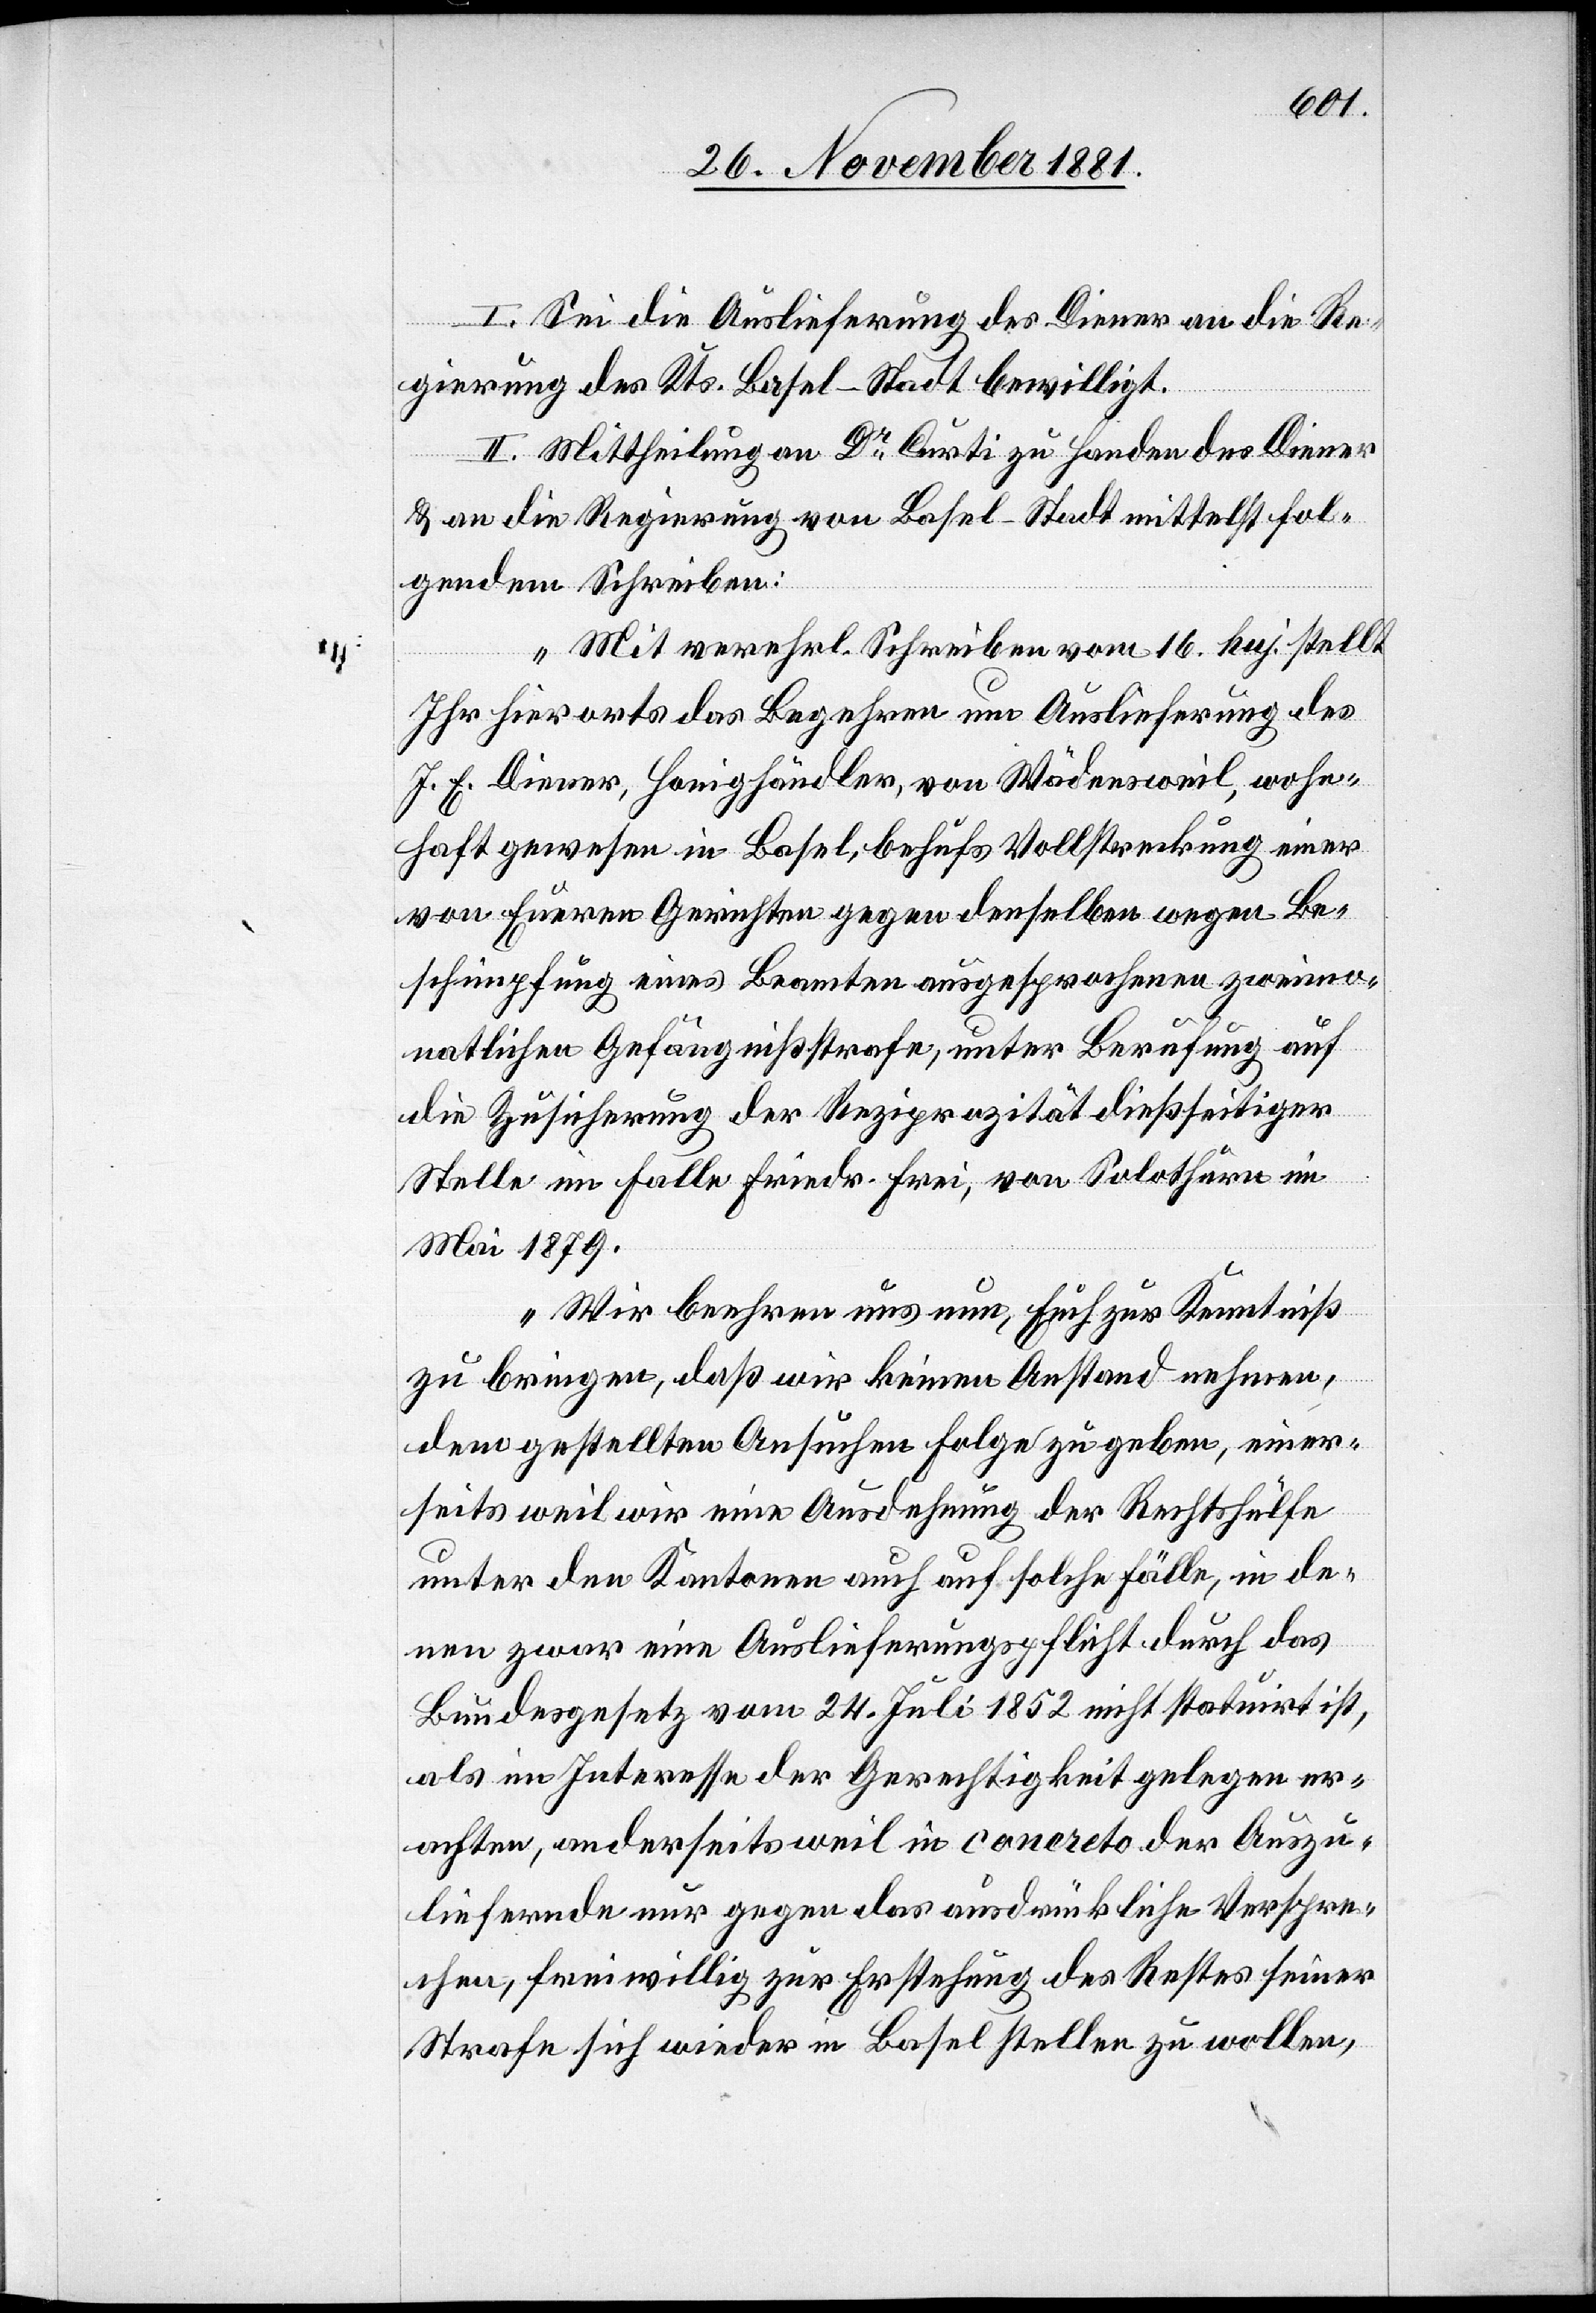
I. Sei die Auslieferung des Diener an die Re¬
gierung des Kts. Basel-Stadt bewilligt.
II. Mittheilung an Dr Curti zu Handen des Diener
& an die Regierung von Basel-Stadt mittelst fol¬
gendem Schreiben:
„Mit verehrl. Schreiben vom 16. huj. stellt
Ihr hierorts das Begehren um Auslieferung des
J. E. Diener, Honighändler, von Wädensweil, wohn¬
haft gewesen in Basel, behufs Vollstreckung einer
von Euren Gerichten gegen denselben wegen Be¬
schimpfung eines Beamten ausgesprochenen zweimo¬
natlichen Gefängißstrafe, unter Berufung auf
die Zusicherung der Reziprozität dießseitiger
Stelle im Falle Friedr. Frei, von Solothurn im
Mai 1879.
Wir beehren uns nun, Euch zur Kenntniß
zu bringen, daß wir keinen Anstand nehmen,
dem gestellten Ansuchen Folge zu geben, einer¬
seits weil wir eine Ausdehnung der Rechtshülfe
unter den Kantonen auch auf solche Fälle, in de¬
nen zwar eine Auslieferungspflicht durch das
Bundesgesetzes vom 24. Juli 1852 nicht statuirt ist,
als im Interesse der Gerechtigkeit gelegen er¬
achten, anderseits weil in concreto der Auszu¬
liefernde nur gegen das ausdrückliche Verspre¬
chen, freiwillig zur Erstehung des Rechtes seiner
Strafe sich wieder in Basel stellen zu wollen,